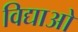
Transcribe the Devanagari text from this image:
विद्याओ